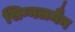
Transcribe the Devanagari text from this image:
सिग्नलमैन